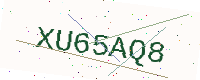
Text: XU65AQ8